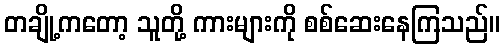
တချို့ကတော့ သူတို့ ကားများကို စစ်ဆေးနေကြသည်။